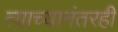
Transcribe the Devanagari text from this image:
त्याच्यानंतरही